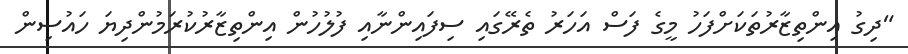
"ދިގު އިންތިޒާރުތަކަށްފަހު މީގެ ފަސް އަހަރު ތެރޭގައި ސިފައިންނާއި ފުލުހުން އިންތިޒާރުކުރަމުންދިޔަ ހައުސިން